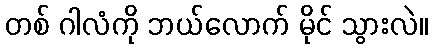
တစ် ဂါလံကို ဘယ်လောက် မိုင် သွားလဲ။